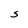
Character: S